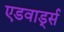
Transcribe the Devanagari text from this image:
एडवार्ड्स